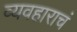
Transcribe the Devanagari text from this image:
व्यवहाराचं